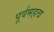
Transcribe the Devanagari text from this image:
पूर्वमहत्व